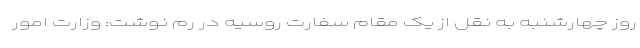
روز چهارشنبه به نقل از یک مقام سفارت روسیه در رم نوشت: وزارت امور